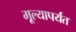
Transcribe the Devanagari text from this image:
मूल्यापर्यंत